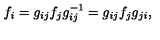
f _ { i } = g _ { i j } f _ { j } g _ { i j } ^ { - 1 } = g _ { i j } f _ { j } g _ { j i } ,